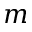
m